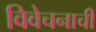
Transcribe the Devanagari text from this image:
विवेचनाची